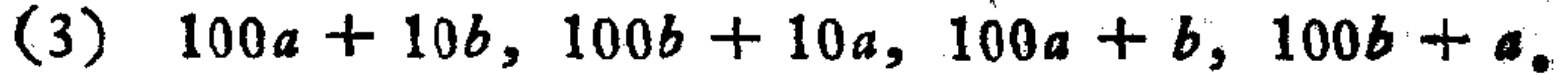
(3) \(100a + 10b, 100b + 10a, 100a + b, 100b + a\)